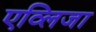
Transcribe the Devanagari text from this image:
एव्लिजा